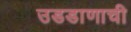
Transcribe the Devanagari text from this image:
उडडाणाची